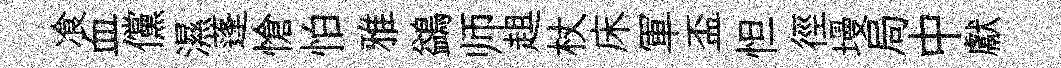
飡血儻濕蓬愴怕雅鷁师趄杖床軍盃怛徑墁局中獻